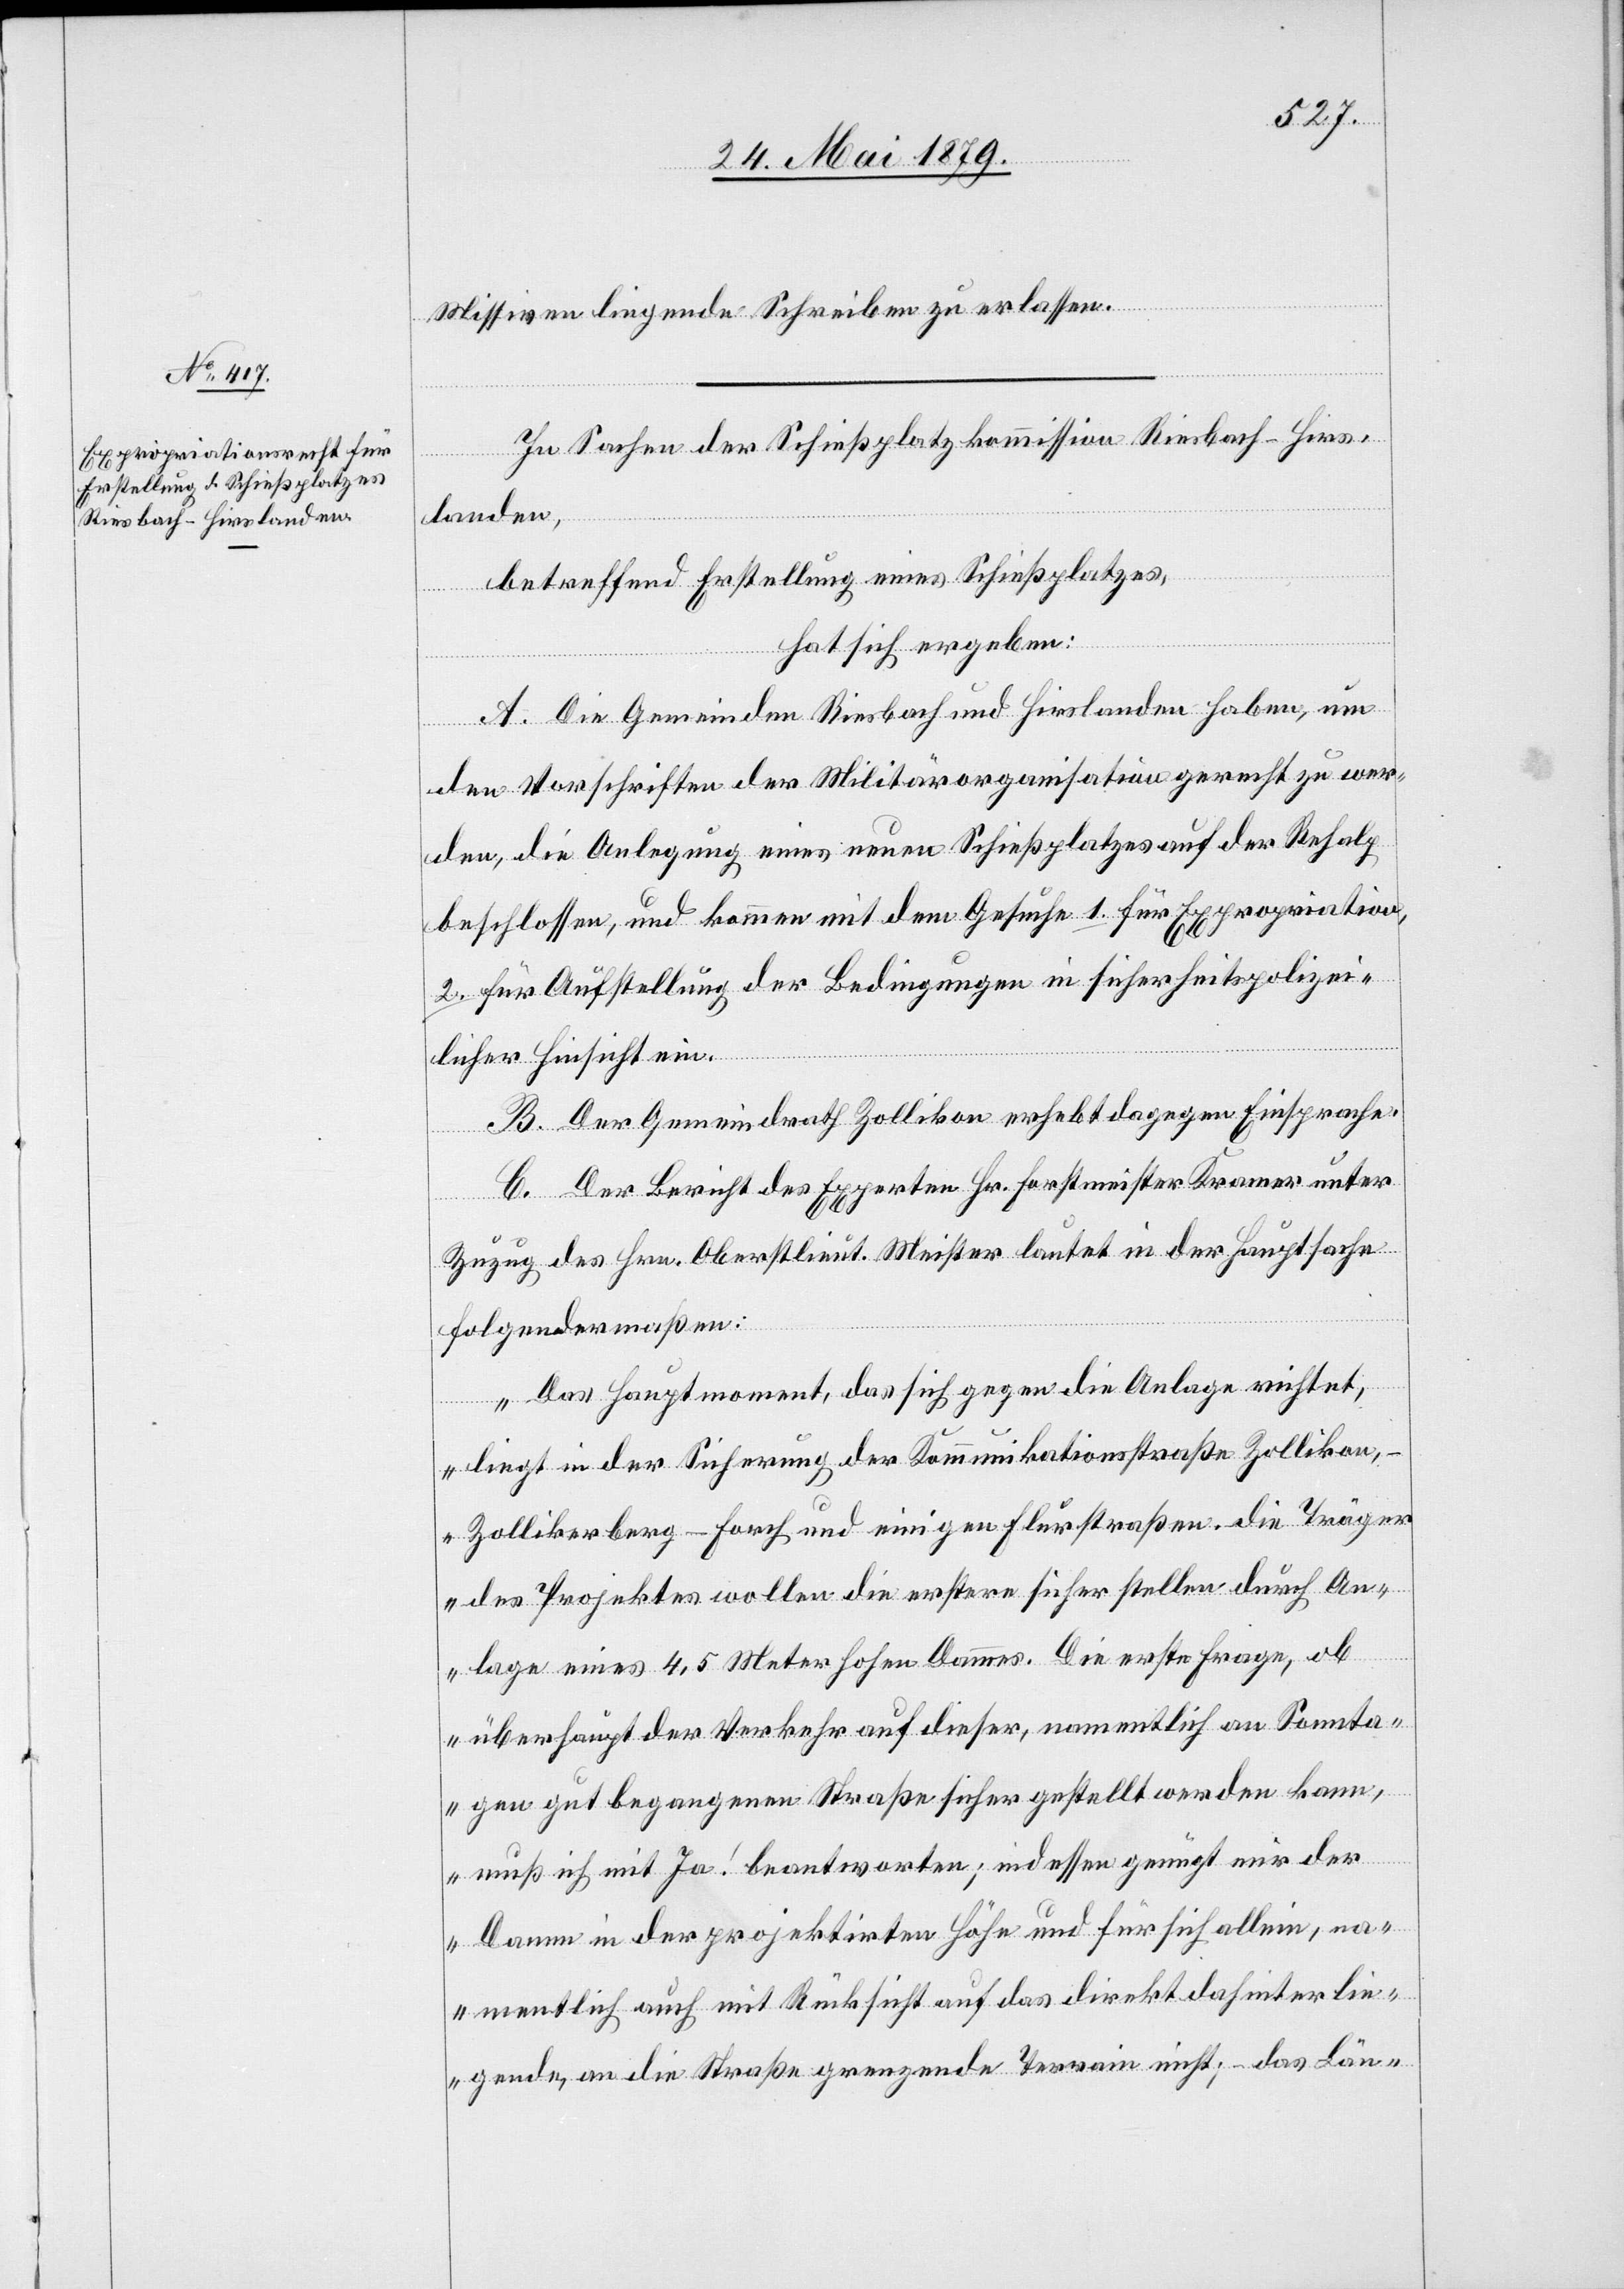
Missiven liegende Schreiben zu erlassen.
In Sachen der Schießplatzkommission Riesbach-Hirs¬
landen,
betreffend Erstellung eines Schießplatzes,
hat sich ergeben:
A. Die Gemeinden Riesbach und Hirslanden haben, um
den Vorschriften der Militärorganisation gerecht zu wer¬
den, die Anlegung eines neuen Schießplatzes auf der Rehalp
beschlossen, und kommen mit dem Gesuche 1. für Expropriation,
2. für Aufstellung der Bedingungen in sicherheitspolizei¬
licher Hinsicht ein.
B. Der Gemeindrath Zollikon erhebt dagegen Einsprache.
C. Der Bericht des Experten Hr. Forstmeister Kramer unter
Zuzug des Hrn. Oberstlieut. Meister lautet in der Hauptsache
folgendermaßen:
„Das Hauptmoment, das sich gegen die Anlage richtet,
liegt in der Sicherung der Kommunikationsstraßen. die
des Projektes wollen die erstere sicher stellen durch An¬
lage eines 4,5 Meter hohen Dammes. Die erste Frage, ob
überhaupt der Verkehr auf dieser, namentlich an Sonnta¬
gen gut begangenen Straße sicher gestellt werden kann,
muß ich mit Ja! beantworten; indessen genügt mir der
Damm in der projektirten Höhe und für sich allein, na¬
mentlich auch mit Rücksicht auf das direkt dahinter lie¬
gende, an die Straße grenzende Terrain nicht; – das Län-